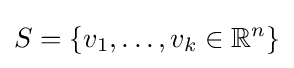
S=\{v_{1},\dots ,v_{k}\in \mathbb {R} ^{n}\}